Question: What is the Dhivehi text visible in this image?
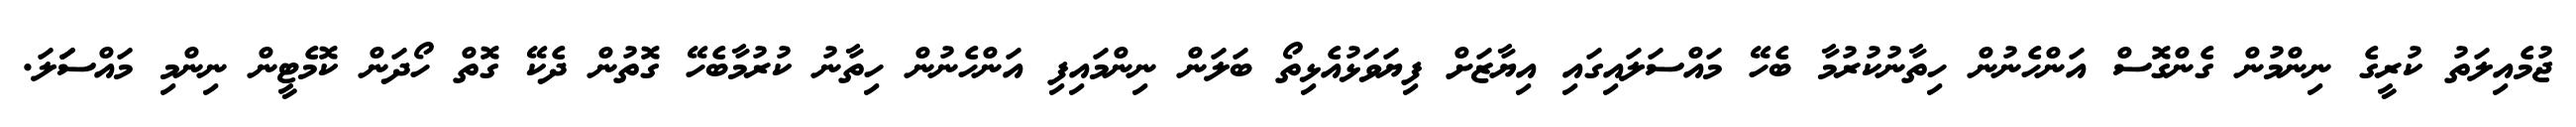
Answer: ޖުމެއިލަތު ކުރީގެ ނިންމުން ގެންގޮސް އަންހެނުން ހިތާނުކުރުމާ ބެހޭ މައްސަލައިގައި އިޔާޒަށް ފިޔަވަޅުއެޅިތޯ ބަލަން ނިންމައިފި އަންހެނުން ހިތާނު ކުރުމާބެހޭ ގޮތުން ދެކޭ ގޮތް ހޯދަން ކޮމެޓީން ނިންމި މައްސަަލަ.